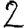
Digit: 2